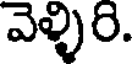
వెళ్ళిరి.